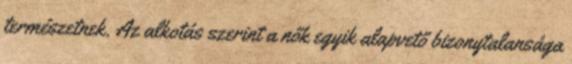
természetnek. Az alkotás szerint a nők egyik alapvető bizonytalansága